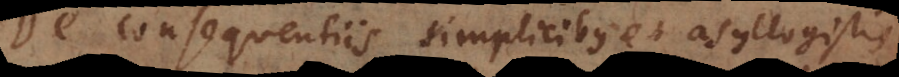
De consequentiis simplicibus et asyllogisti[ci]s.